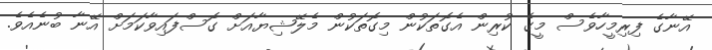
އޭނާގެ ފިރިމީހާވެސް މީގެ ކުރިން އެގޮތަކުން މިގޮތަކުން މެލޭޝިޔާއަށް ގޮސްފައިވާކަމަށް އޭނާ ބުނެއެވެ.